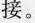
接。